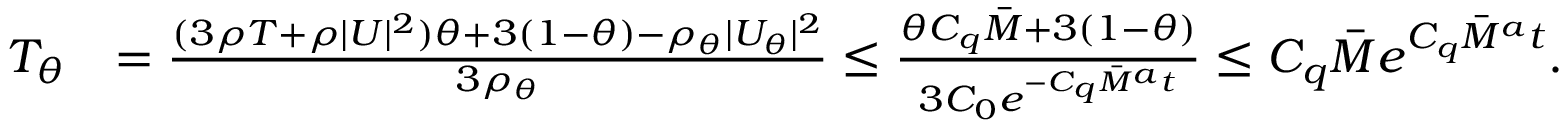
\begin{array} { r l } { T _ { \theta } } & { = \frac { ( 3 \rho T + \rho | U | ^ { 2 } ) \theta + 3 ( 1 - \theta ) - \rho _ { \theta } | U _ { \theta } | ^ { 2 } } { 3 \rho _ { \theta } } \leq \frac { \theta C _ { q } \overbar { M } + 3 ( 1 - \theta ) } { 3 C _ { 0 } e ^ { - C _ { q } \overbar { M } ^ { a } t } } \leq C _ { q } \overbar { M } e ^ { C _ { q } \overbar { M } ^ { a } t } . } \end{array}